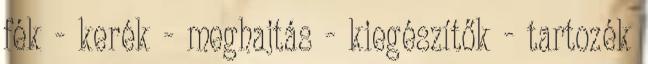
fék - kerék - meghajtás - kiegészítők - tartozék